Report on the bubonic plague in Bombay, 1896-1897
Year: 1896
Disease focus: Plague
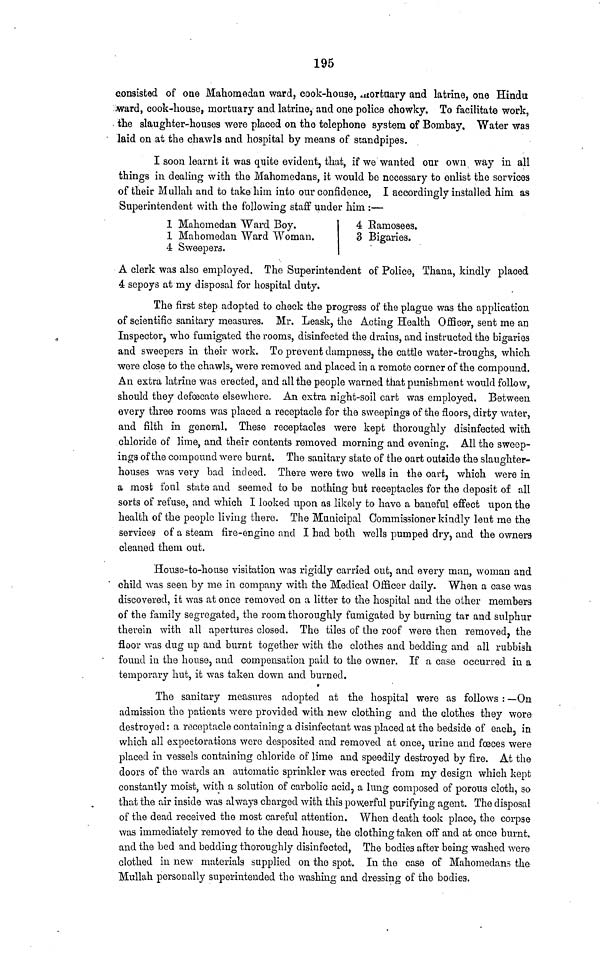
195
consisted of one Mahomedan ward, cook-house, mortaary and latrine, one Hindu
ward, cook-house, mortuary and latrine, and one police chowky. To facilitate work,
. the slaughter-houses were placed on the telephone system of Bombay, Water was
laid on at the chawls and hospital by means of standpipes.
I soon learnt it was quite evident, that, if we wanted our own way in all
things in dealing with the Mahomedans, it would be necessary to enlist the services
of their Mullah and to take him into our confidence, I accordingly installed him as
Superintendent with the following staff under him :—
1 Mahomedan Ward Boy.
4 Eamosees.
1 Mahomedan Ward Woman.
3 Bigaries.
4 Sweepers.
A clerk was also employed. The Superintendent of Police, Thana, kindly placed
4 sepoys at my disposal for hospital duty.
The first step adopted to check the progress of the plague was the application
of scientific sanitary measures. Mr. Leask, the Acting Health Officer, sent me an
Inspector, who fumigated the rooms, disinfected the drains, and instructed the bigaries
and sweepers in their work. To prevent dampness, the cattle water-troughs, which
were close to the chawls, were removed and placed in a remote corner of the compound.
An extra latrine was erected, and all the people warned that punishment would follow,
should they defalcate elsewhere. An extra night-soil cart was employed. Between
every three rooms was placed a receptacle for the sweepings of the floors, dirty water,
and filth in general. These receptacles were kept thoroughly disinfected with
chloride of lime, and their contents removed morning and evening. All the sweep-
ings of the compound were burnt. The sanitary state of the oart outside the slaughter-
houses was very bad indeed. There were two wells in the oart, which were in
a most foal state and seemecl to be nothing but receptacles for the deposit of all
sorts of refuse, and which I looked upon as likely to have a baneful effect upon the
health of the people living there. The Municipal Commissioner kindly lent me the
services of a steam fire-engine and I had both wells pumped dry, and the owners
cleaned them out.
House-to-house visitation was rigidly carried out, and every man, woman and
child was seen by me in company with the Medical Officer daily. When a case was
discovered, it was at once removed on a litter to the hospital and the other members
of the family segregated, the room thoroughly fumigated by burning tar and sulphur
therein with all apertures closed. The tiles of the roof were then removed, the
floor was dug up and burnt together with the clothes and bedding and all rubbish
found in the house, and compensation paid to the owner. If a case occurred in a
temporary hut, it was taken down and burned.
The sanitary measures adopted at the hospital were as follows : —On
admission the patients were provided with new clothing and the clothes they wore
destroyed: a receptacle containing a disinfectant was placed at the bedside of each, in
which all expectorations were desposited and removed at once, urine and fœces were
placed in vessels containing chloride of lime and speedily destroyed by fire. At the
doors of the wards an automatic sprinkler was erected from my design which kept
constantly moist, with a solution of carbolic acid, a lung composed of porous cloth, so
that the air inside was always charged with this pow.erful purifying agent. The disposal
of the dead received the most careful attention. When death took place, the corpse
was immediately removed to the dead house, the clothing taken off and at once burnt,
and the bed and bedding thoroughly disinfected, The bodies after being washed were
clothed in new materials supplied on the spot. In the case of Mahomedans the
Mullah personally superintended the washing and dressing of the bodies.